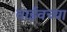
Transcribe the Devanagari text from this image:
वाईवच्या